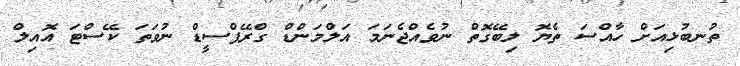
ތުނބުޅިއަށް ހާއްސަ ތެޔޮ ލިބޭގޮތް ނުވެއްޖެނަމަ އަލްމަންޑް ގްރޭޕްސީޑް ނުވަތަ ކޭސްޓަ އޮއިލް